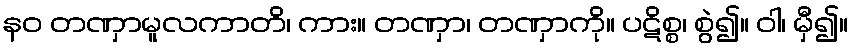
နဝ တဏှာမူလကာတိ၊ ကား။ တဏှာ၊ တဏှာကို။ ပဋိစ္စ၊ စွဲ၍။ ဝါ၊ မှီ၍။